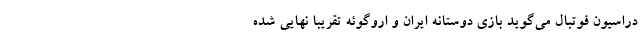
دراسیون فوتبال می‌گوید بازی دوستانه ایران و اروگوئه تقریبا نهایی شده